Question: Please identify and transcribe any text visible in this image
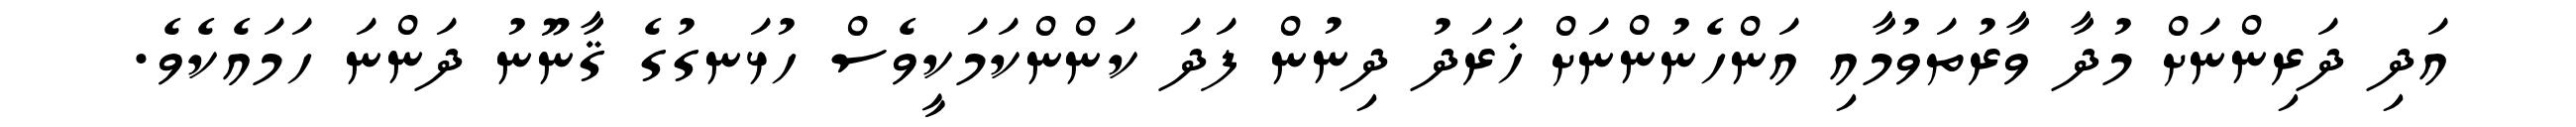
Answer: އަދި ދަރިންނަށް މުދާ ވާރުތަވުމާއި އަންހެނުންނަށް ޚަރަދު ދިނުން ފަދަ ކަންންކަމަކީވެސް ހުޅަނގުގެ ޤާނޫނު ދަންނަ ހަމައެކެވެ.